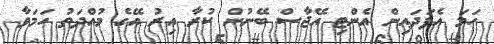
ހަމަ އެފަދައިން އެންޓި އޭޖާސް ބޭނުން ކުރާ އިރު އޭގެ މުއްދަތު ހަމަވާ